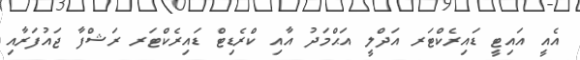
އެއީ އައިޓީ ޑައިރެކްޓަރ އަދްލީ އަޙްމަދު އާއި ކްރެޑިޓް ޑައިރެކްޓަރ ރަޝްފާ ޖައުފަރާއި